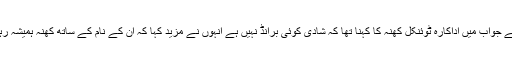
جس کے جواب میں اداکارہ ٹوئنکل کھنہ کا کہنا تھا کہ شادی کوئی برانڈ نہیں ہے انہوں نے مزید کہا کہ ان کے نام کے ساتھ کھنہ ہمیشہ رہے گا ۔